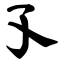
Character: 孓